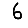
Digit: 6